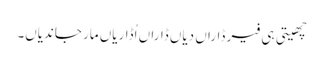
چھیتی ہی فیر ڈاراں دیاں ڈاراں اُڈاریاں مار جاندیاں۔